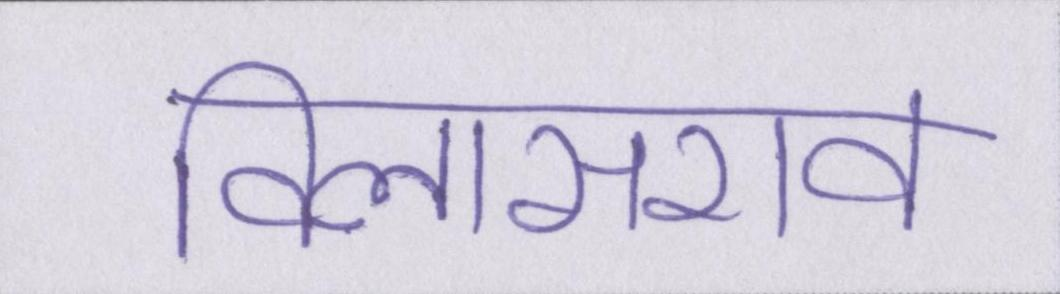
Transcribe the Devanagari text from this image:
विलासराव